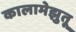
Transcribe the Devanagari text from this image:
कालामेझुतू